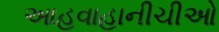
આહવાહાનીચીઓ